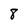
Character: 8